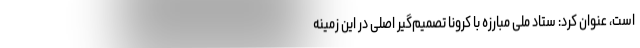
است، عنوان کرد: ستاد ملی مبارزه با کرونا تصمیم‌گیر اصلی در این زمینه